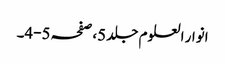
انوار العلوم جلد 5،صفحہ 5-4۔